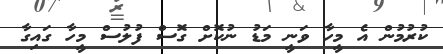
ކުރުމުން އެ މީހާ ވަނީ މަޑު ނުކޮށް ގޮސް ފުލުސް މީހާ ގައިގާ